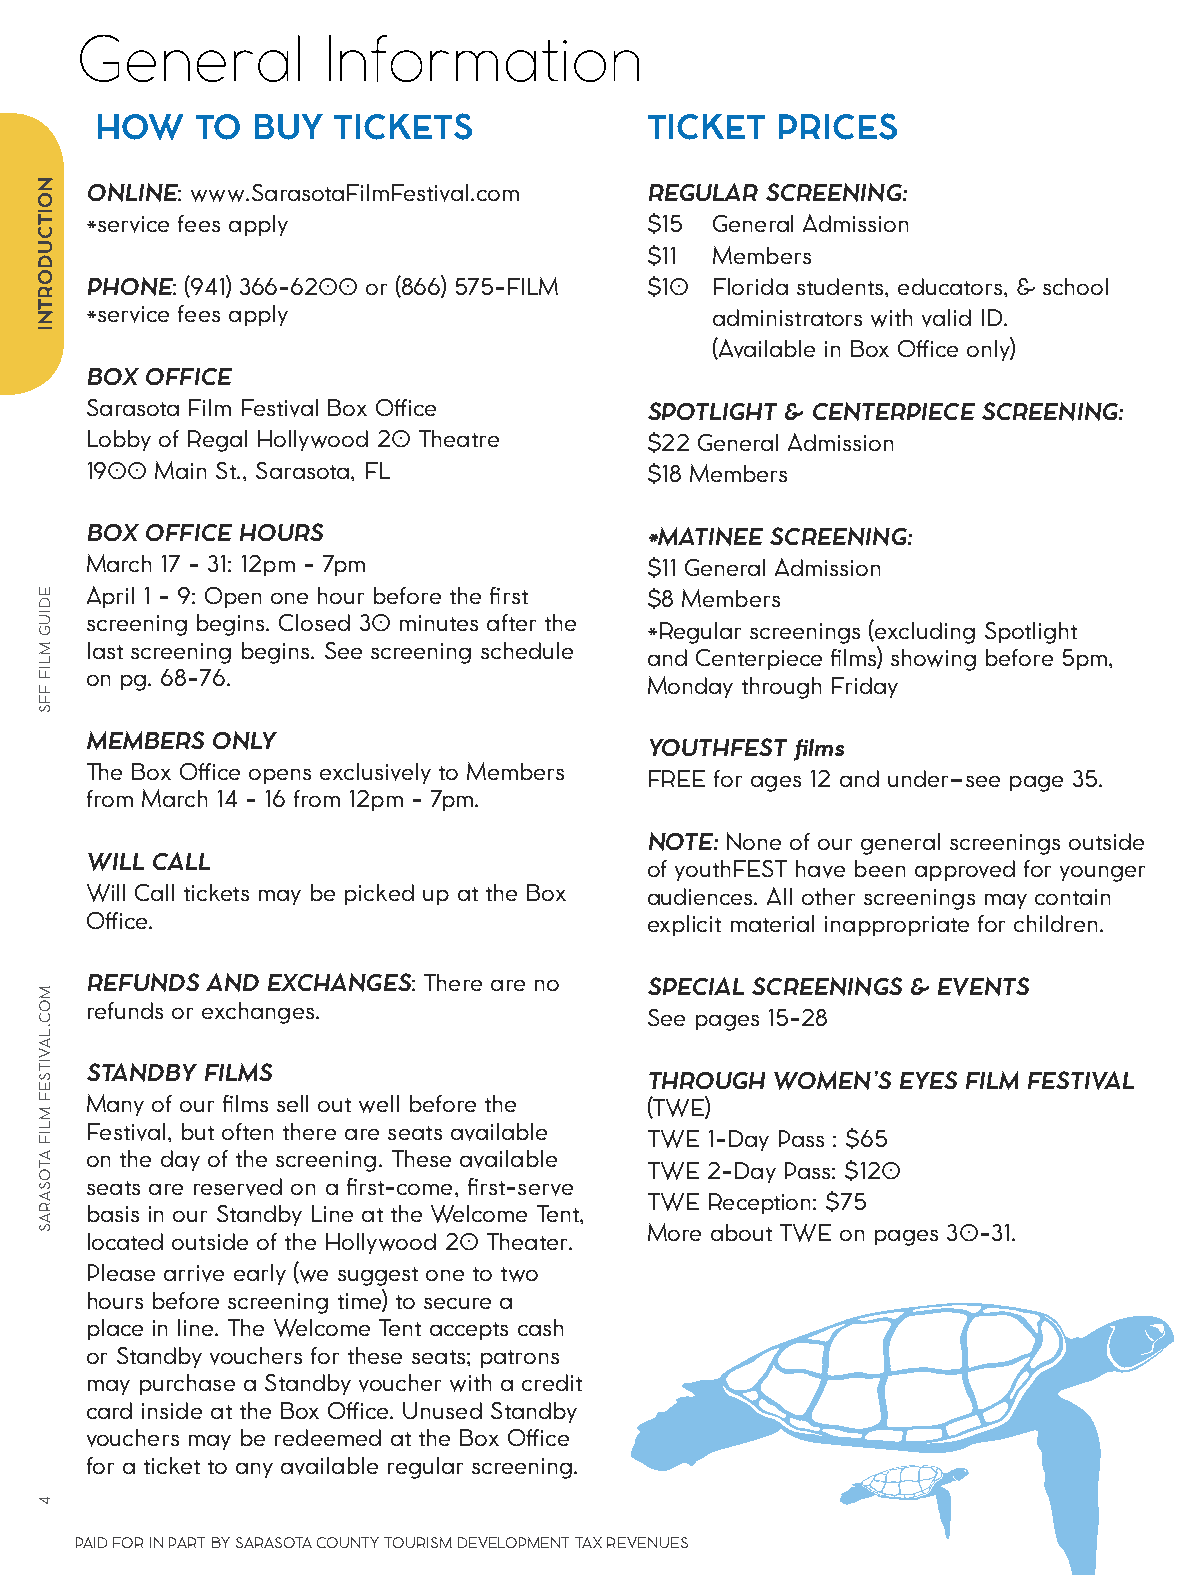
General         Information
 HOW    TO  BUY  TICKETS              TICKET  PRICES
 ONLINE: www.SarasotaFilmFestival.com REGULAR SCREENING:
 *service fees apply                  $15 General Admission
 $11 Members
 PHONE: (941) 366-6200 or (866) 575-FILM $10 Florida students, educators, & school
 *service fees apply                      administrators with valid ID.
 (Available in Box Office only)
 BOX OFFICE
 Sarasota Film Festival Box Office    SPOTLIGHT & CENTERPIECE SCREENING:
 Lobby of Regal Hollywood 20 Theatre  $22 General Admission
 1900 Main St., Sarasota, FL          $18 Members
 BOX OFFICE HOURS                     *MATINEE SCREENING:
 March 17 - 31: 12pm - 7pm            $11 General Admission
 April 1 - 9: Open one hour before the first $8 Members
 screening begins. Closed 30 minutes after the
 *Regular screenings (excluding Spotlight
 last screening begins. See screening schedule
 and Centerpiece films) showing before 5pm,
 on pg. 68-76.
 Monday through Friday
 MEMBERS ONLY
 YOUTHFEST films
 The Box Office opens exclusively to Members
 FREE for ages 12 and under–see page 35.
 from March 14 - 16 from 12pm - 7pm.
 NOTE: None of our general screenings outside
 WILL CALL
 of youthFEST have been approved for younger
 Will Call tickets may be picked up at the Box audiences. All other screenings may contain
 Office.                              explicit material inappropriate for children.
 REFUNDS AND EXCHANGES: There are no  SPECIAL SCREENINGS & EVENTS
 refunds or exchanges.
 See pages 15-28
 STANDBY FILMS
 THROUGH WOMEN’S EYES FILM FESTIVAL
 Many of our films sell out well before the (TWE)
 Festival, but often there are seats available
 TWE 1-Day Pass : $65
 on the day of the screening. These available
 TWE 2-Day Pass: $120
 seats are reserved on a first-come, first-serve
 TWE Reception: $75
 basis in our Standby Line at the Welcome Tent,
 More about TWE on pages 30-31.
 located outside of the Hollywood 20 Theater.
 Please arrive early (we suggest one to two
 hours before screening time) to secure a
 place in line. The Welcome Tent accepts cash
 or Standby vouchers for these seats; patrons
 may purchase a Standby voucher with a credit
 card inside at the Box Office. Unused Standby
 vouchers may be redeemed at the Box Office
 for a ticket to any available regular screening.
 PAID FOR IN PART BY SARASOTA COUNTY TOURISM DEVELOPMENT TAX REVENUES
 NOITCUDORTNI
 EDIUG
 MLIF
 FFS
 MOC.LAVITSEF
 MLIF
 ATOSARAS
 4